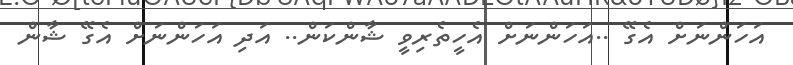
އަހަންނަށް އެގޭ ..އަހަންނަށް އެހީތެރިވީ ޝާންކަން.. އަދި އަހަންނަށް އެގޭ ޝާން